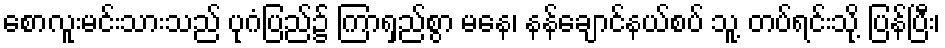
စောလူးမင်းသားသည် ပုဂံပြည်၌ ကြာရှည်စွာ မနေ၊ နန်ချောင်နယ်စပ် သူ့ တပ်ရင်းသို့ ပြန်ပြီး၊